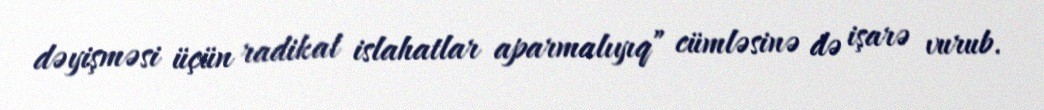
dəyişməsi üçün radikal islahatlar aparmalıyıq” cümləsinə də işarə vurub.